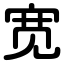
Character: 宽